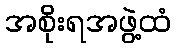
အစိုးရအဖွဲ့ထံ